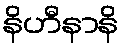
နိဟီနာနိ